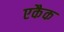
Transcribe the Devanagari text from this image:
एकैक